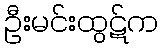
ဦးမင်းထွဋ်က